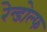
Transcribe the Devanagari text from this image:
रेन्डोल्फ